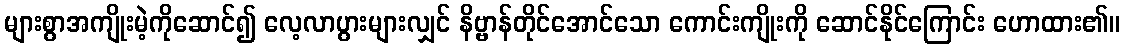
များစွာအကျိုးမဲ့ကိုဆောင်၍ လေ့လာပွားများလျှင် နိဗ္ဗာန်တိုင်အောင်သော ကောင်းကျိုးကို ဆောင်နိုင်ကြောင်း ဟောထား၏။